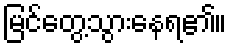
မြင်တွေ့သွားနေရ၏။